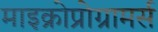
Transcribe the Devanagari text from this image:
माइक्रोप्रोग्रामर्स